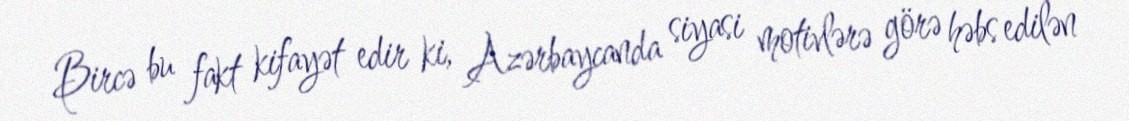
Bircə bu fakt kifayət edir ki, Azərbaycanda siyasi motivlərə görə həbs edilən